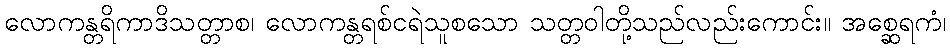
လောကန္တရိကာဒိသတ္တာစ၊ လောကန္တရစ်ငရဲသူစသော သတ္တဝါတို့သည်လည်းကောင်း။ အစ္ဆေရကံ၊